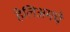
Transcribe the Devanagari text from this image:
हेलिअमचे